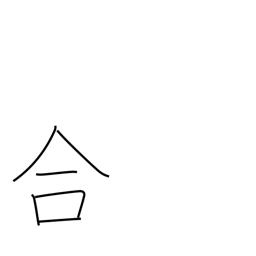
Meaning: suit